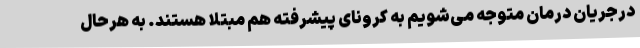
درجریان درمان متوجه می‌شویم به کرونای پیشرفته هم مبتلا هستند. به هرحال